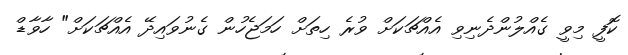
ކޮފީ މިވީ ގެއްލުންދެނިވި އެއްޗަކަށް ވުރެ ހިތަށް ހަމަޖެހުން ގެނުވައިދޭ އެއްޗަކަށް" ހާވާޑް